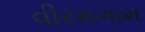
વીરમગામ